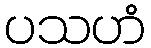
ပသဟံ